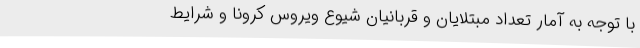
با توجه به آمار تعداد مبتلایان و قربانیان شیوع ویروس کرونا و شرایط